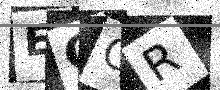
Text: EQCR